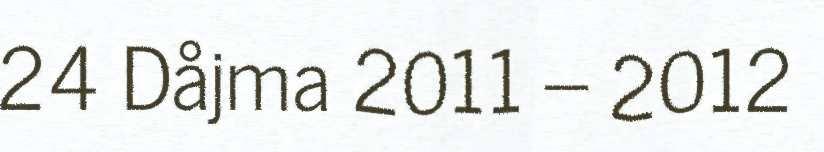
24 Dåjma 2011 – 2012